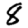
Digit: 8